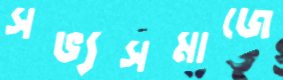
সভ্যসমাজে